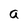
Character: a